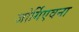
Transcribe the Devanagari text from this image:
जोर्गिएवना